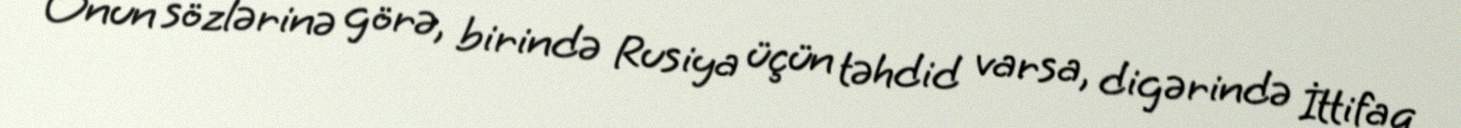
Onun sözlərinə görə, birində Rusiya üçün təhdid varsa, digərində İttifaq